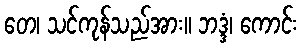
တေ၊ သင်ကုန်သည်အား။ ဘဒ္ဒံ၊ ကောင်း